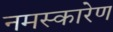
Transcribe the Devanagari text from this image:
नमस्कारेण